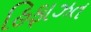
હિફાઝત